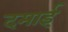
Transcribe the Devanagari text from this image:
दमाई